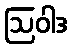
ဩဝါဒ